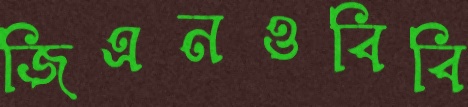
জিএনওবিবি